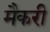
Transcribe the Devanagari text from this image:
मैकरी